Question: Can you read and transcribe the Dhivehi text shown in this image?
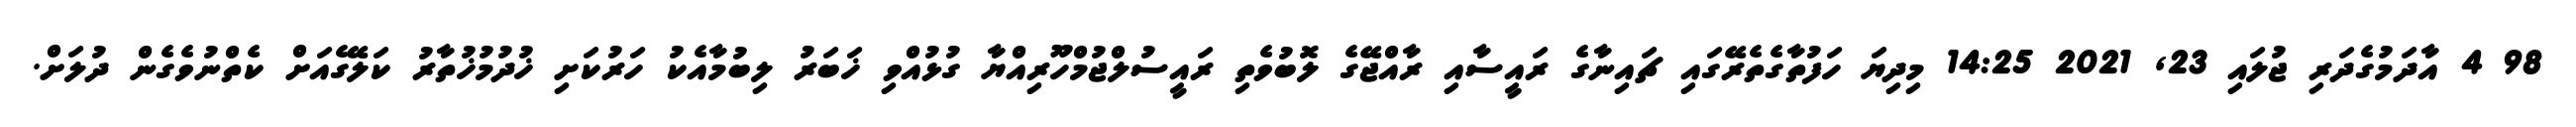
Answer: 98 4 އާދަމުގެދަރި ޖުލައި 23, 2021 14:25 މިދިޔަ ހަފުތާގެތެރޭގައި ޗައިނާގެ ރައީސާއި ރާއްޖޭގެ ލޮބުވެތި ރައީސުލްޖުމްހޫރިއްޔާ ގުޅުއްވި ޚަބަރު ލިބުމާއެކު ހަރުކަށި ޚުދުމުޚުތާރު ކަލޭގެއަށް ކެތްނުވެގެން ދުލަށް.